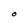
Character: O